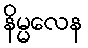
နိမ္မလေန